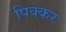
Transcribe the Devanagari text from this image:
पिक्कर